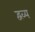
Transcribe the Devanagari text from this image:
द्वव्य